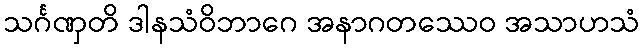
သင်္ဂဏှတိ ဒါနသံဝိဘာဂေ အနာဂတဿေဝ အသာဟသံ